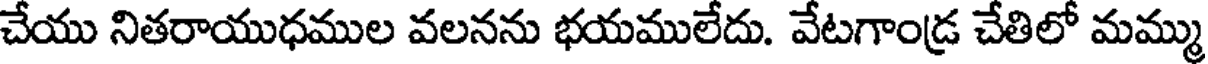
చేయు నితరాయుధముల వలనను భయములేదు. వేటగాండ్ర చేతిలో మమ్ము